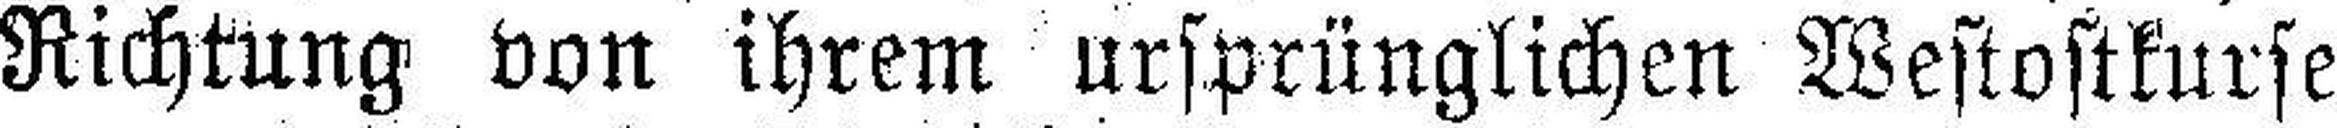
Richtung von ihrem ursprünglichen Westostkurse